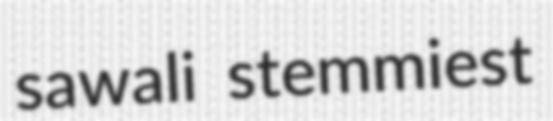
sawali stemmiest